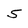
Character: 5